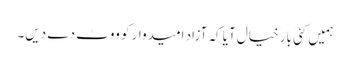
ہمیں کئی بار خیال آیا کہ آزاد امیدوار کو ووٹ دے دیں۔